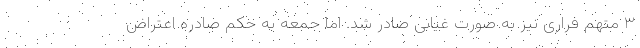
۳ متهم فراری نیز به صورت غیابی صادر شد. اما جمعه به حکم صادره اعتراض